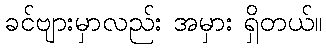
ခင်ဗျားမှာလည်း အမှား ရှိတယ်။